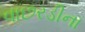
વાછરડીના